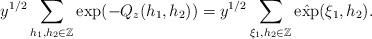
LaTeX: \begin{align*}y^{1/2}\sum_{h_1,h_2\in\mathbb{Z}}\exp(-Q_{z}(h_1,h_2))=y^{1/2}\sum_{\xi_1,h_2\in\mathbb{Z}}\hat{\exp}(\xi_1,h_2).\end{align*}